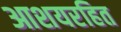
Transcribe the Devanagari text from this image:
आशयरहित